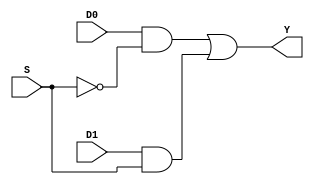
/*
 * Assignment	  : 5
 * Problem No.	  : 1
 * Semester		  : Autumn 2021 
 * Group 		  : 46
 * Name1 		  : Neha Dalmia
 * RollNumber1 	  : 19CS30055
 * Name2 		  : Rajat Bachhawat
 * RollNumber2 	  : 19CS10073
 */

`timescale 1ns / 1ps

/*2-1 MUX*/

module mux21(D0, D1, S, Y);
    
    input D0, D1, S;                    //inputs
    output Y;                           //output
    wire w0, w1, S_BAR;                 //internal nets

    not U0 (S_BAR,S);
    and U1 (w1,D1,S);
    and U2 (w0,D0,S_BAR);
    or U3 (Y,w0,w1);                    // Y = S.D1 + ~S.D0

endmodule // mux21

/*D Flip-Flop, +ve edge triggered, with async reset*/

module dff( 
    input CLK, D, RST,                  //inputs
    output reg Q                        //outputs
    );

    always @(posedge CLK or posedge RST) begin
        if(RST) begin
            Q <= 1'b0;                  // Async reset, resets Q to 0
        end
        else begin
            Q <= D;                     // Q <- D  on clock +ve edge
        end
    end
    
endmodule // dff

/*4-bit Linear Feedback Shift Register*/

module lfsr(A,select,reset,CLK,O);
	
    input [3:0] A,reset;				// 4 bit input and reset
	input select,CLK;					// *usual meanings*
	wire [3:0] Win;						// Connection wires  into the dffs w1int-w4int
	wire W;						        // First wire (W1)
	output [3:0] O;					    // output of D-FFs, W2-W5
	// 4 series of D-FF 
   
    // Setting up the structure shown in the diagram (cascading the dff's accordingly)

	mux21 mx(A[0],O[1],select,Win[3]);    
	dff d0(CLK,Win[3],reset[0],O[0]);   // DFF for 0th bit

	mux21 M1(A[1],O[2],select,Win[2]);
	dff d1(CLK,Win[2],reset[1],O[1]);   // DFF for 1st bit

	mux21 M2(A[2],O[3],select,Win[1]);
	dff d2(CLK,Win[1],reset[2],O[2]);   // DFF for 2nd bit

	mux21 M3(A[3],W,select,Win[0]);
	dff d3(CLK,Win[0],reset[3],O[3]);   // DFF for 3rd bit

	xor(W,O[0],O[1]);

endmodule // lfsr